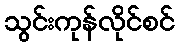
သွင်းကုန်လိုင်စင်